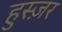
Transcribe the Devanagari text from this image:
हुस्ज़र